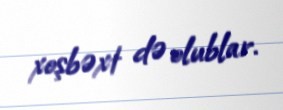
xoşbəxt də olublar.